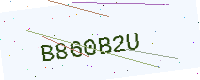
Text: B860B2U